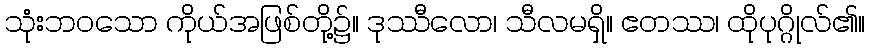
သုံးဘဝသော ကိုယ်အဖြစ်တို့၌။ ဒုဿီလော၊ သီလမရှိ။ ဧတဿ၊ ထိုပုဂ္ဂိုလ်၏။